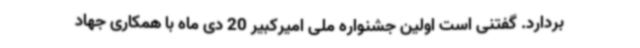
بردارد. گفتنی است اولین جشنواره ملی امیرکبیر 20 دی ماه با همکاری جهاد